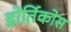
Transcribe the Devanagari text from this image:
डोर्तिकोस